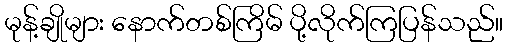
မုန့်ချိုများ နောက်တစ်ကြိမ် ပို့လိုက်ကြပြန်သည်။